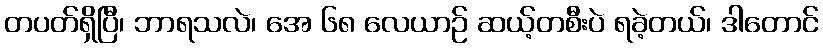
တပတ်ရှိပြီ၊ ဘာရသလဲ၊ အေ ၆၈ လေယာဉ် ဆယ့်တစီးပဲ ရခဲ့တယ်၊ ဒါတောင်